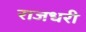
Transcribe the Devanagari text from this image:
राजधरी